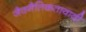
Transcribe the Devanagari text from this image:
जैवनैतिकतावादी